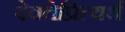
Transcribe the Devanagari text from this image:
देवतेप्रित्यर्थ